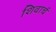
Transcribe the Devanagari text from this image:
शिवार्च